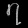
Digit: ၇